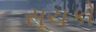
સૂચકો